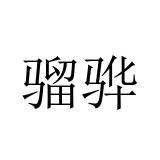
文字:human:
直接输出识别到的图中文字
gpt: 骝骅